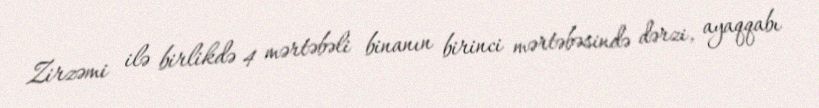
Zirzəmi ilə birlikdə 4 mərtəbəli binanın birinci mərtəbəsində dərzi, ayaqqabı